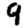
Digit: 9